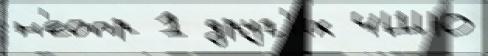
н'еопр 1 друг'и́х ЧШЮ